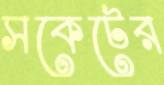
সকেটের